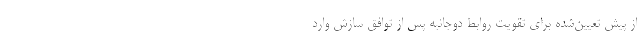
از پیش تعیین‌شده برای تقویت روابط دو‌جانبه پس از توافق سازش وارد